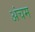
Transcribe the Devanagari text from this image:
अंचम